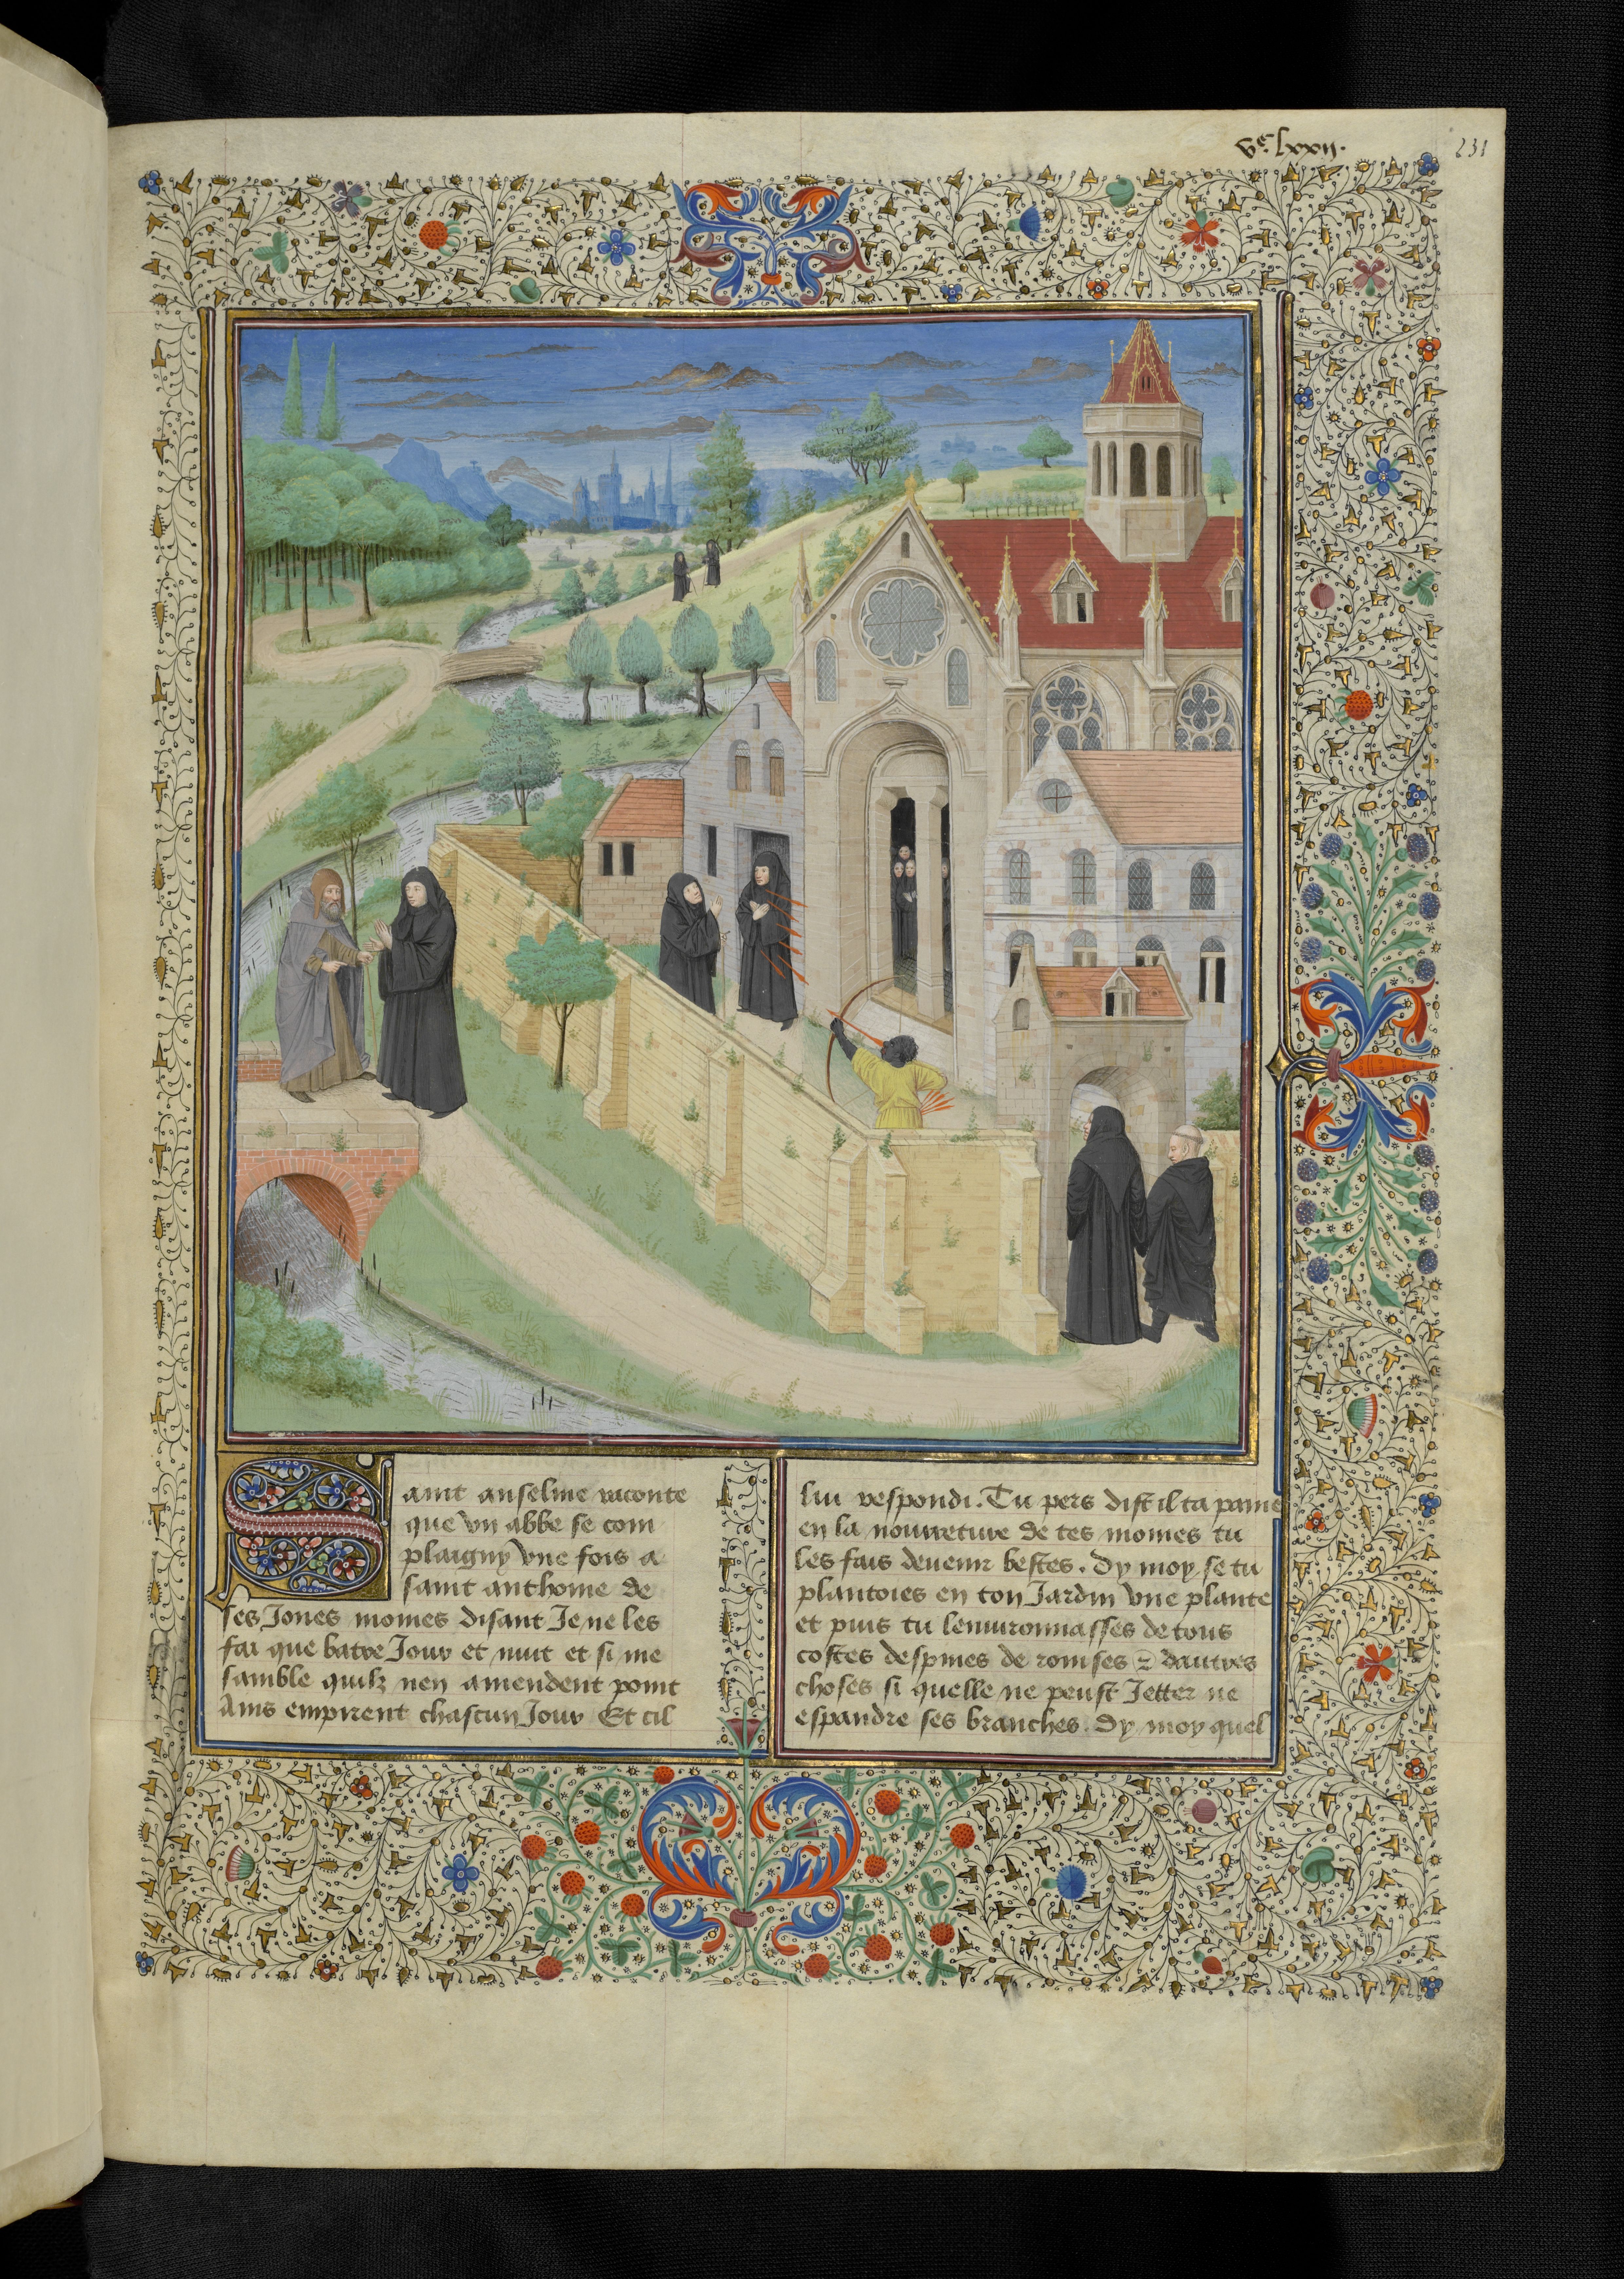
Shelfmark: Bruxelles, KBR, ms. 9232
Century: 15